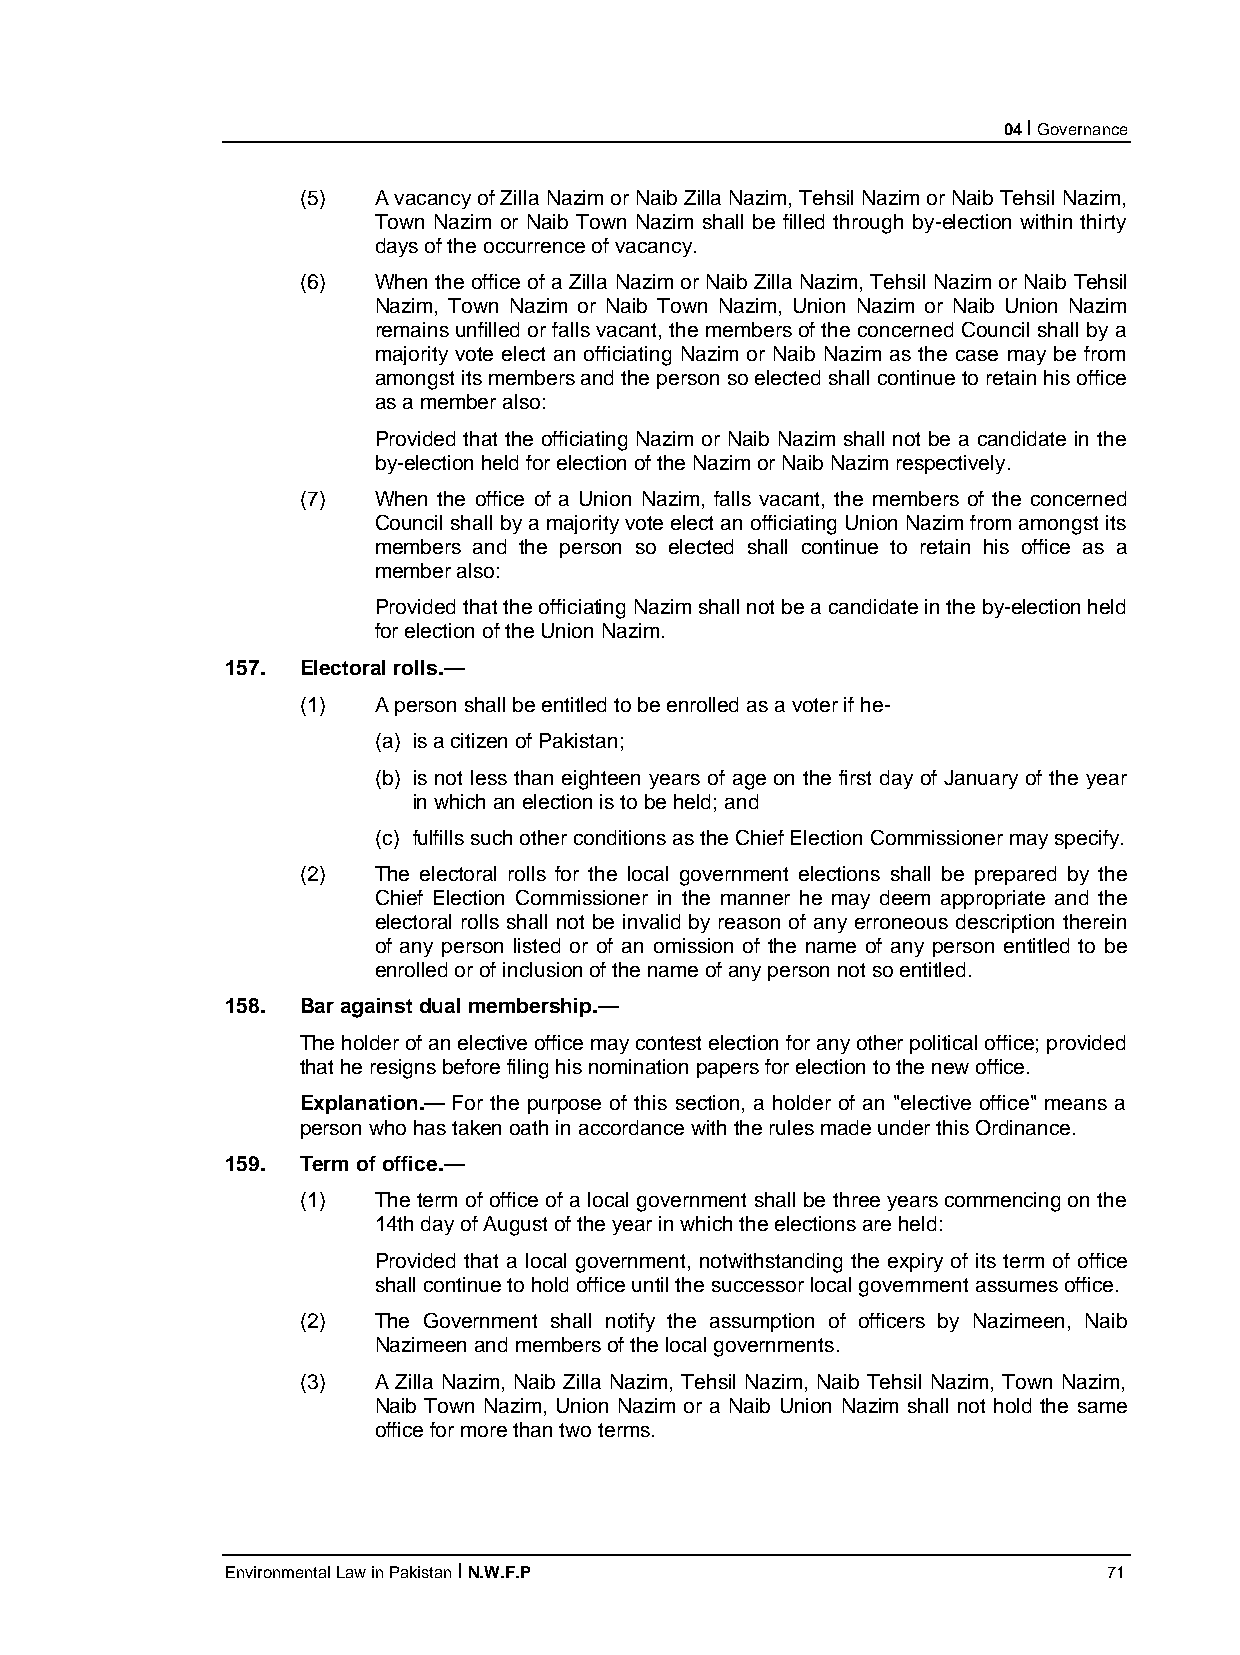
04 I Governance
 (5)  A vacancy of Zilla Nazim or Naib Zilla Nazim, Tehsil Nazim or Naib Tehsil Nazim,
 Town Nazim or Naib Town Nazim shall be filled through by-election within thirty
 days of the occurrence of vacancy.
 (6)  When the office of a Zilla Nazim or Naib Zilla Nazim, Tehsil Nazim or Naib Tehsil
 Nazim, Town Nazim or Naib Town Nazim, Union Nazim or Naib Union Nazim
 remains unfilled or falls vacant, the members of the concerned Council shall by a
 majority vote elect an officiating Nazim or Naib Nazim as the case may be from
 amongst its members and the person so elected shall continue to retain his office
 as a member also:
 Provided that the officiating Nazim or Naib Nazim shall not be a candidate in the
 by-election held for election of the Nazim or Naib Nazim respectively.
 (7)  When the office of a Union Nazim, falls vacant, the members of the concerned
 Council shall by a majority vote elect an officiating Union Nazim from amongst its
 members and the person so elected shall continue to retain his office as a
 member also:
 Provided that the officiating Nazim shall not be a candidate in the by-election held
 for election of the Union Nazim.
 157. Electoral rolls.—
 (1)  A person shall be entitled to be enrolled as a voter if he-
 (a) is a citizen of Pakistan;
 (b) is not less than eighteen years of age on the first day of January of the year
 in which an election is to be held; and
 (c) fulfills such other conditions as the Chief Election Commissioner may specify.
 (2)  The electoral rolls for the local government elections shall be prepared by the
 Chief Election Commissioner in the manner he may deem appropriate and the
 electoral rolls shall not be invalid by reason of any erroneous description therein
 of any person listed or of an omission of the name of any person entitled to be
 enrolled or of inclusion of the name of any person not so entitled.
 158. Bar against dual membership.—
 The holder of an elective office may contest election for any other political office; provided
 that he resigns before filing his nomination papers for election to the new office.
 Explanation.— For the purpose of this section, a holder of an "elective office" means a
 person who has taken oath in accordance with the rules made under this Ordinance.
 159. Term of office.—
 (1)  The term of office of a local government shall be three years commencing on the
 14th day of August of the year in which the elections are held:
 Provided that a local government, notwithstanding the expiry of its term of office
 shall continue to hold office until the successor local government assumes office.
 (2)  The Government shall notify the assumption of officers by Nazimeen, Naib
 Nazimeen and members of the local governments.
 (3)  A Zilla Nazim, Naib Zilla Nazim, Tehsil Nazim, Naib Tehsil Nazim, Town Nazim,
 Naib Town Nazim, Union Nazim or a Naib Union Nazim shall not hold the same
 office for more than two terms.
 Environmental Law in Pakistan I N.W.F.P                   71